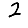
Digit: 2